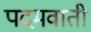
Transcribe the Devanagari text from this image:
पदमवाती